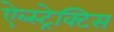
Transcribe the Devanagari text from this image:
ऐब्स्ट्रेक्टिस